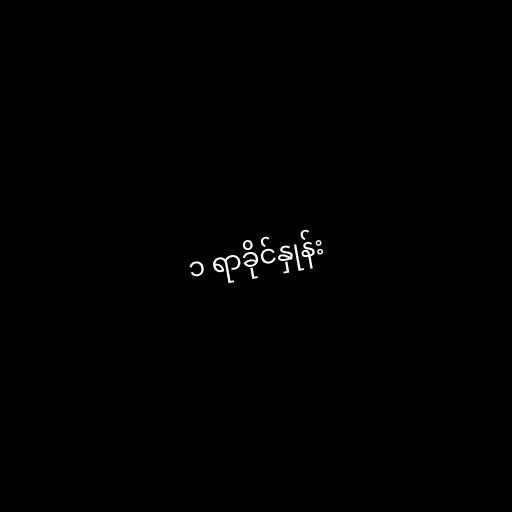
၁ ရာခိုင်နှုန်း